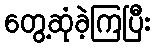
တွေ့ဆုံခဲ့ကြပြီး